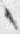
々